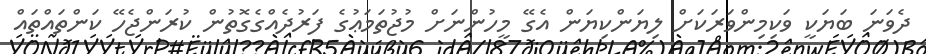
ދެވަނަ ބަޔަކީ ވަކިމިންވަރަކަށް ލިޔަންކިޔަން އެގޭ މީހުންނަށް މުޖުތަމަޢުގެ ފަރުދެއްގެގޮތުން ކުރަންޖެހޭ ކަންތައްތައް